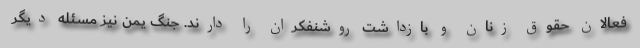
فعالان حقوق زنان و بازداشت روشنفکران را دارند. جنگ یمن نیز مسئله دیگر